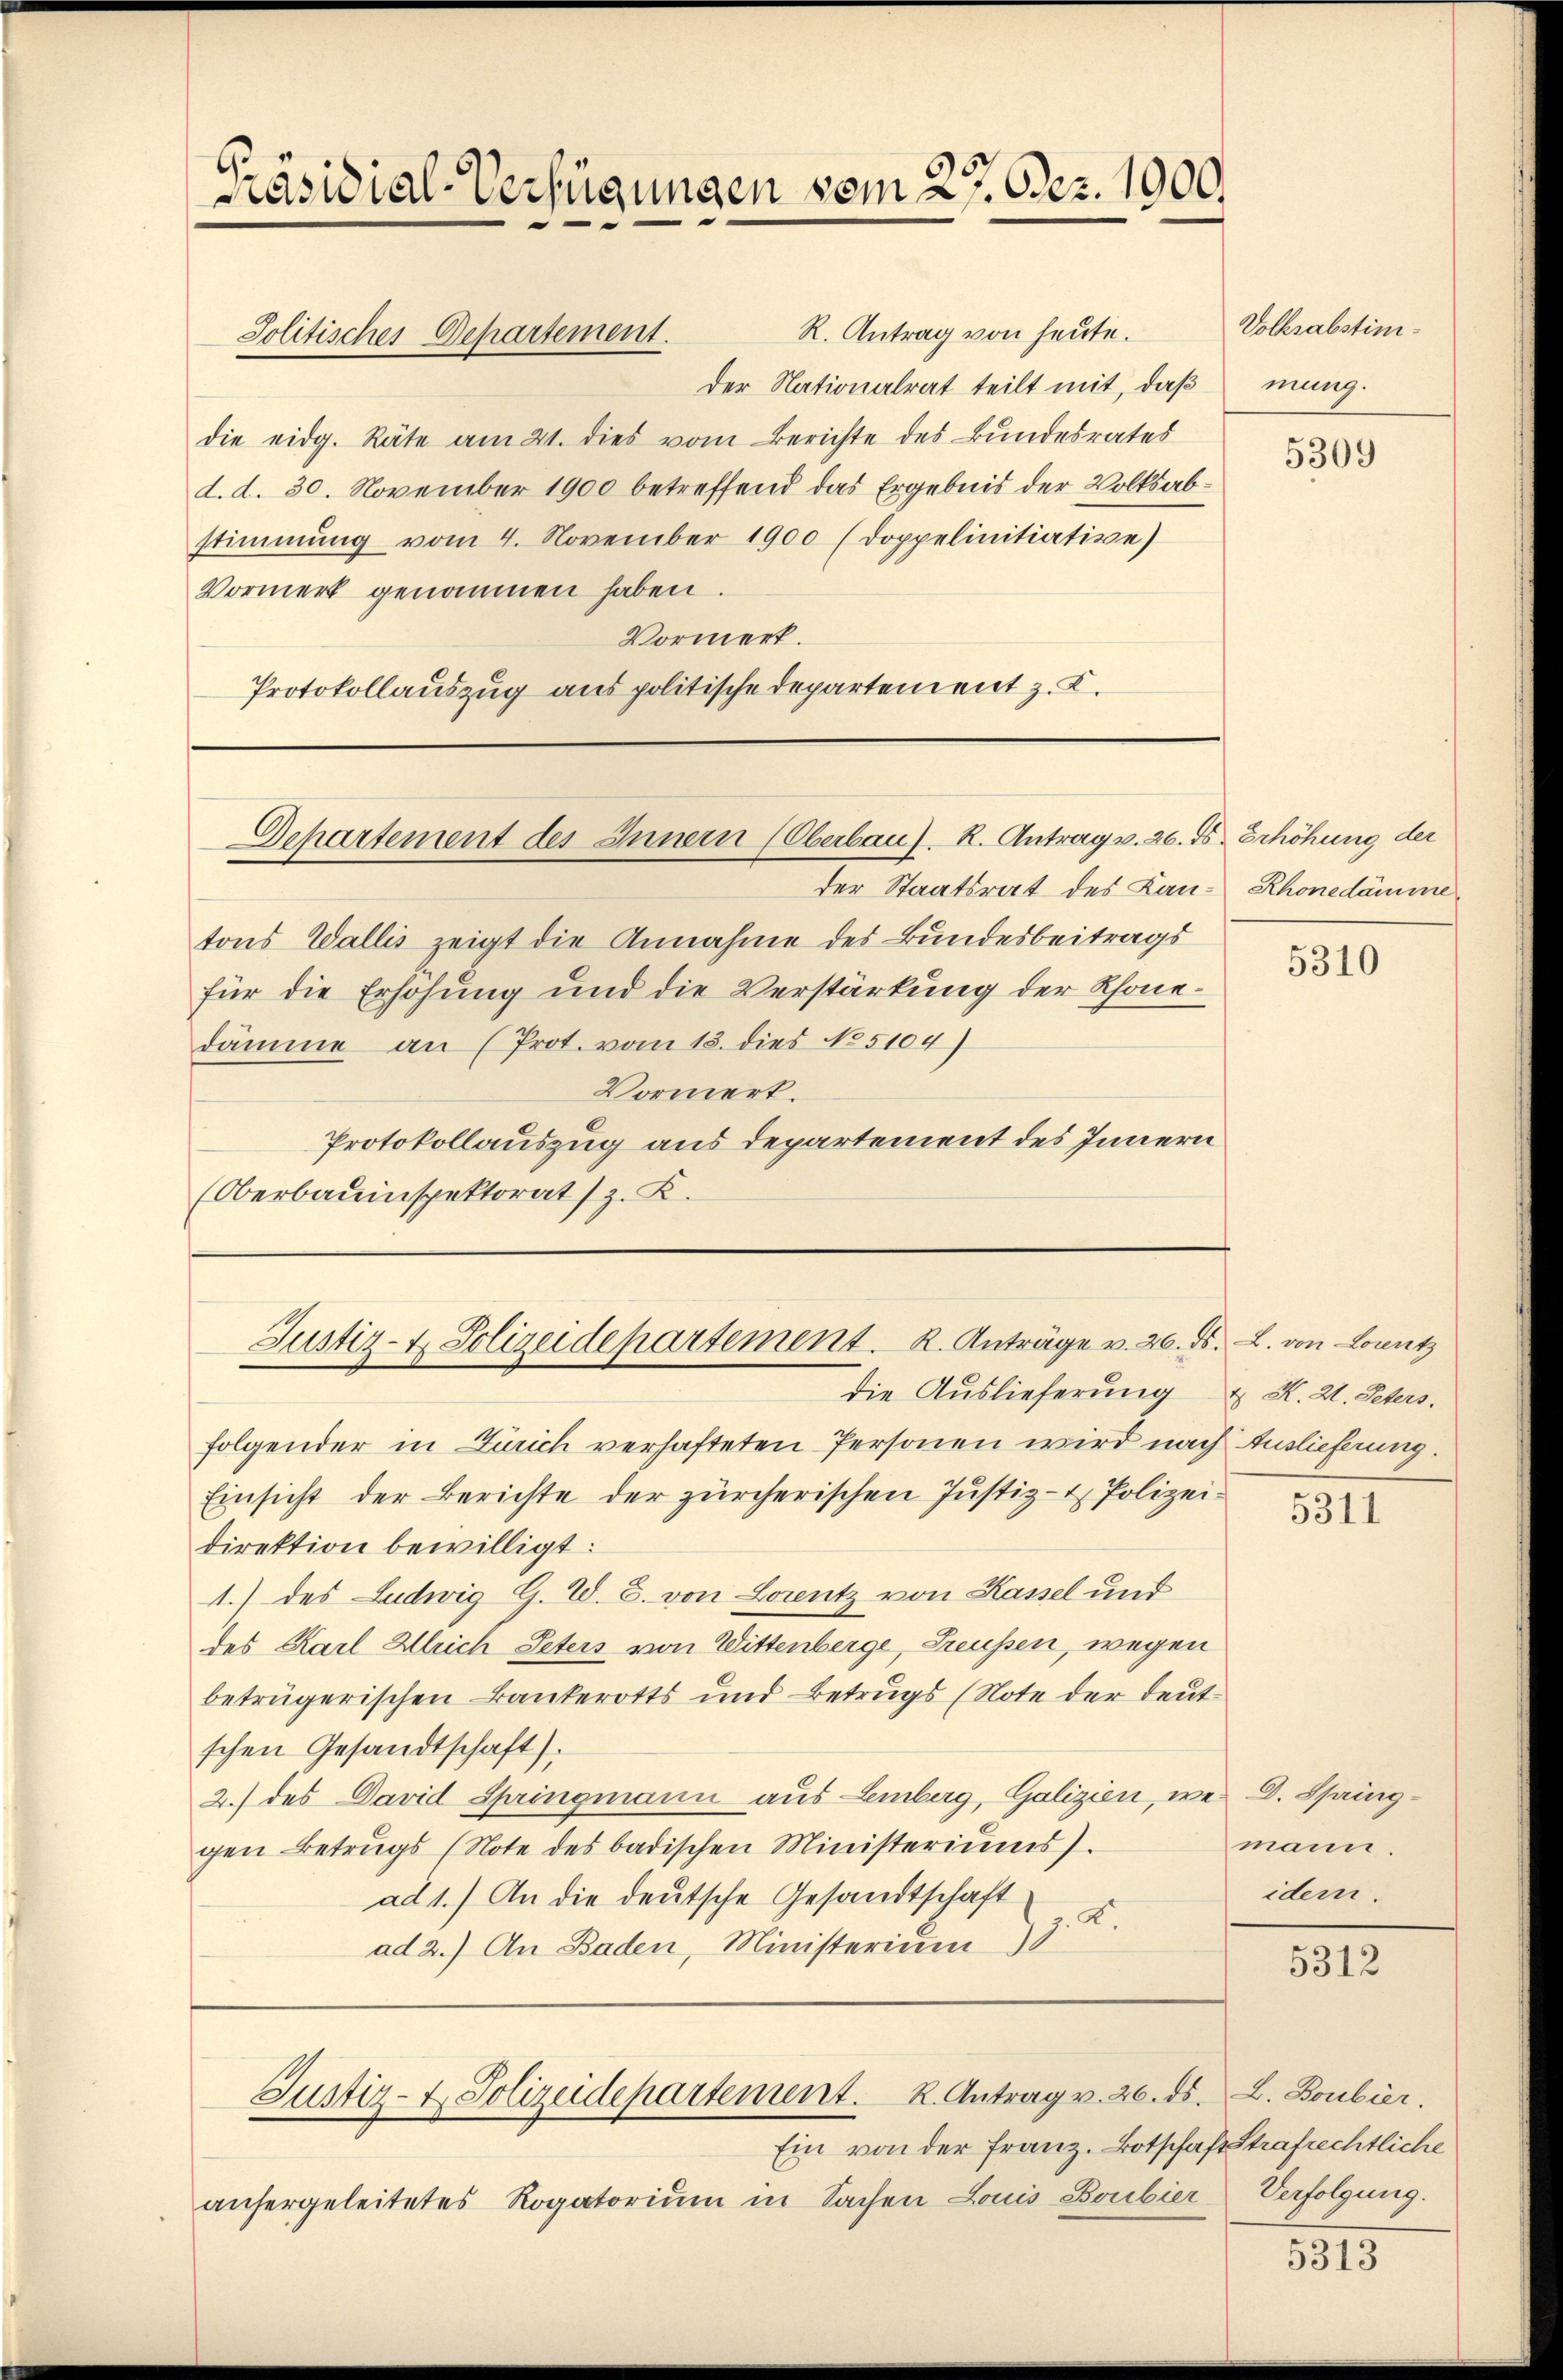
Präsidial-Verfügungen vom 27. Dez. 1900.

R. Antrag von heute.
der Nationalrat teilt mit, daß
die eidg. Räte am 21. dies vom Berichte des Bundesrates
d. d. 30. November 1900 betreffend das Ergebnis der Volksabstimmung vom 4. November 1900 (Doppelinitiative)
Vormerk genommen haben.
Vormerk.
Protokollauszug aus politische Departement z. B.

Jolitisches Departement.

Departement des Innern (Oberbau). K. Antrag v. 26. ds. Erhöhung der

Justiz- & Polizeidepartement. K. Anträge v. 26. ds. L. von Lorentz
die Auslieferung & K. 2. Peters.

der Staatsrat des Lan- Rhonedämme
tons Wallis zeigt die Annahme des Bundesbeitrags
für die Erhöhung und die Verstärkung der Rhone-
dämme an (Prot. vom 13. dies 85104)
Vormerk.
Protokollauszug aus Departement des Innern
(Oberbauinspektorat (z. B.

folgender in Zürich verhafteten Personen wird nach Auslieferung.
Einsicht der Berichte der zürcherischen Justiz- & Polizeidirektion bewilligt:
1.) des Ludwig G. W. B. von Lorentz von Kassel und
des Karl Bleich Peters von Wittenberge, Freussen, wegen
betrügerischen Bankerotts und Betrugs (Note der deutschen Gesandtschaft).
2.) des David Springmann aus Lemberg, Galizien, we D. Springgen Betrugs (Note des badischen Ministeriums).
ad 1.) An die deutsche Gesandtschaft
ad 2.) An Baden, Ministerium) 3. K.

Justiz- & Polizeidepartement. K. Antrag v. 26. ds. L. Boubier.

Ein von der Franz. Botschaft Strafrechtliche
anhergeleitetes Rogatorium in Sachen Louis Boubier Verfolgung.

Volksabstimmung.

5309

5310

5311

mann.
idem.

5312

5313